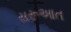
સરૂઆત